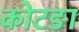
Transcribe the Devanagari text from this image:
कोटङा